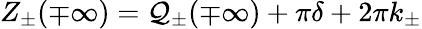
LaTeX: Z_{\pm}(\mp\infty)={\cal Q}_{\pm}(\mp\infty)+\pi\delta+2\pi k_{\pm}